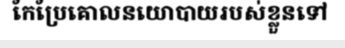
កែប្រែគោលនយោបាយរបស់ខ្លួនទៅ